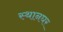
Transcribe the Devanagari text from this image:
स्थानघर